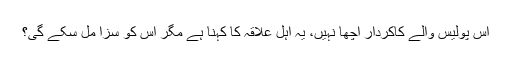
اس پولیس والے کاکردار اچھا نہیں، یہ اہل علاقہ کا کہنا ہے مگر اس کو سزا مل سکے گی؟